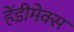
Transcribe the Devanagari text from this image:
हेंडीमेक्स